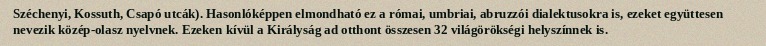
Széchenyi, Kossuth, Csapó utcák). Hasonlóképpen elmondható ez a római, umbriai, abruzzói dialektusokra is, ezeket együttesen nevezik közép-olasz nyelvnek. Ezeken kívül a Királyság ad otthont összesen 32 világörökségi helyszínnek is.